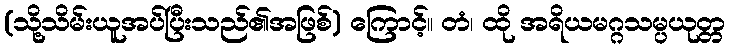
(သို့သိမ်းယူအပ်ပြီးသည်၏အဖြစ်) ကြောင့်။ တံ၊ ထို အရိယမဂ္ဂသမ္ပယုတ္တ